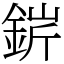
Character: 䤱